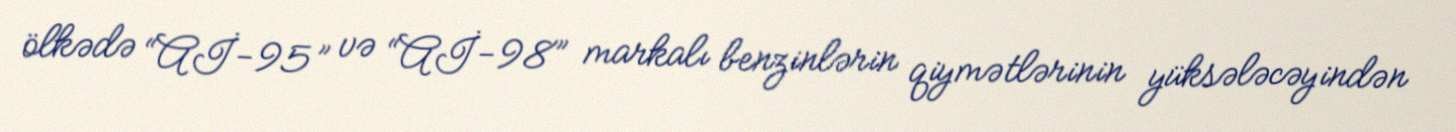
ölkədə “Aİ-95” və “Aİ-98” markalı benzinlərin qiymətlərinin yüksələcəyindən